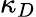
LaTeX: \kappa_{D}